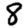
Digit: 8